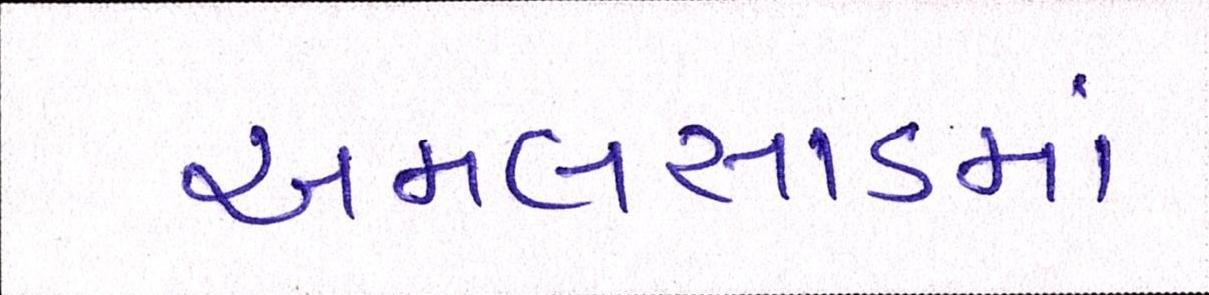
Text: અમલસાડમાં